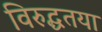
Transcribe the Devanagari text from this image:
विरुद्धतया